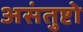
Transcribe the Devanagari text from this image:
असंतुष्टो